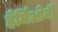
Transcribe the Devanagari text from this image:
हैर्मिओनी